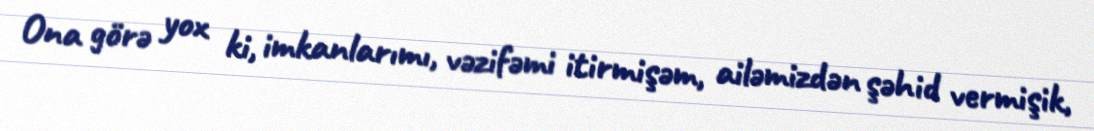
Ona görə yox ki, imkanlarımı, vəzifəmi itirmişəm, ailəmizdən şəhid vermişik,